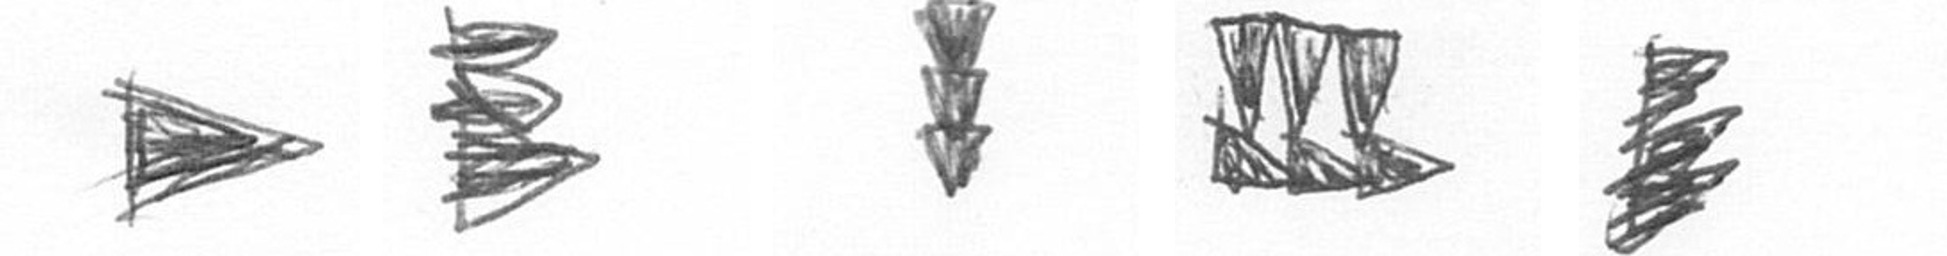
T H E D H